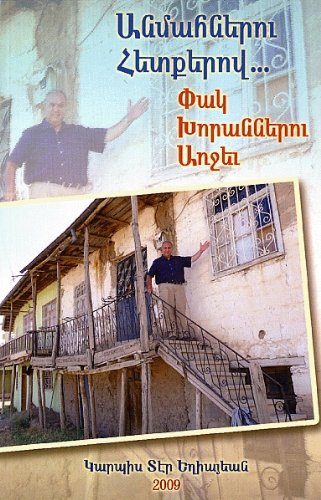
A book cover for Anmahneru Hedkerov... Pag Khoranneru Archev: Pilgrimage to Western Armenia and Cilicia; Garbis Der-Yeghiayan; Travel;